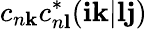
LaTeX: c_{n\mathbf{k}}c_{n\mathbf{l}}^{*}(\mathbf{ik}|\mathbf{lj})